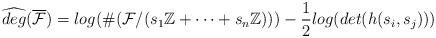
LaTeX: \begin{align*}\widehat{deg}(\overline{\mathcal{F}})=log(\#(\mathcal{F}/(s_1\mathbb{Z}+\cdots+s_n\mathbb{Z})))-\frac{1}{2}log(det(h(s_i,s_j)))\end{align*}